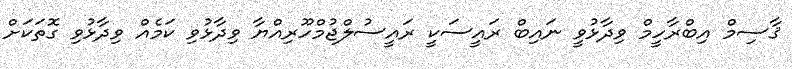
ޤާސިމް އިބްރާހީމް ވިދާޅުވީ ނައިބް ރައީސަކީ ރައީސުލްޖުމްހޫރިއްޔާ ވިދާޅުވި ކަމެއް ވިދާޅުވި ގޮތަކަށް